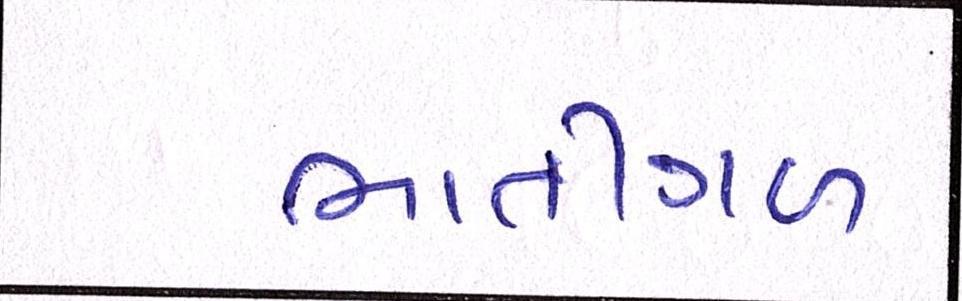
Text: ભાતીગળ